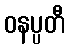
ဝနပ္ပတီ